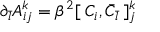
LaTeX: \partial _ { \bar { l } } A _ { i j } ^ { k } = \beta ^ { 2 } [ \: C _ { i } , { \bar { C } } _ { \bar { l } } \: ] _ { j } ^ { k }